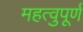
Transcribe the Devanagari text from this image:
महत्वुपूर्ण